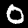
Digit: 0